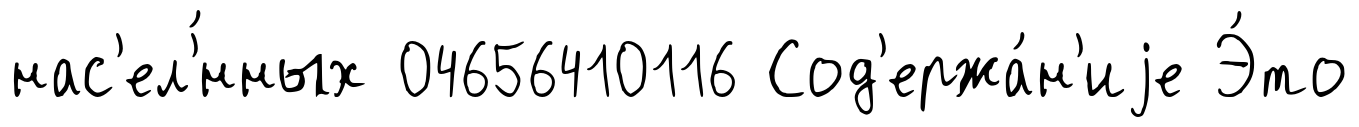
нас'ел'́нных 04656410116 Сод'ержа́н'иjе Э́то